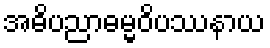
အဓိပညာဓမ္မဝိပဿနာယ